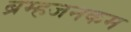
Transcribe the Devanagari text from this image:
ब्रम्हजनकम